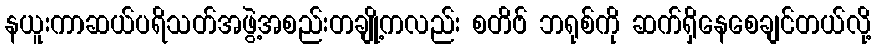
နယူးကာဆယ်ပရိသတ်အဖွဲ့အစည်းတချို့ကလည်း စတိဗ် ဘရုစ်ကို ဆက်ရှိနေစေချင်တယ်လို့